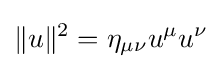
\|u\|^{2}=\eta _{\mu \nu }u^{\mu }u^{\nu }